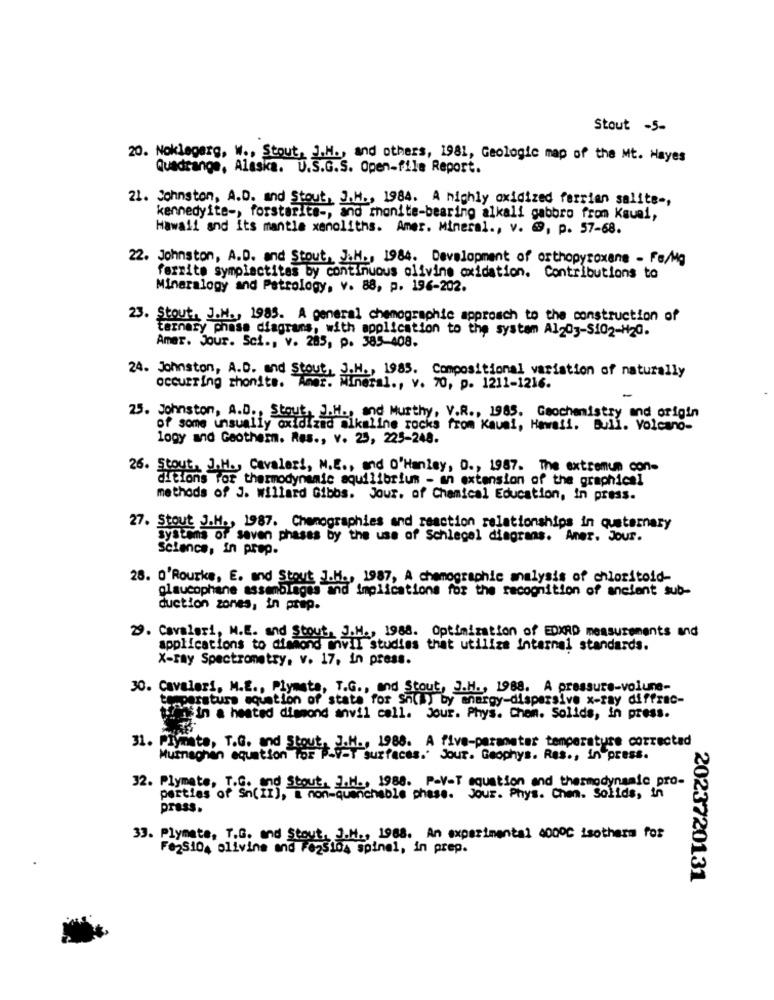
Stout -5-
20. Noklegerg, W ., Stout, J.H ., and others, 1981, Geologic map of the Mt. Hayes
Quadrange, Alaska. U.S.G.S. Open-file Report.
21. Johnston, A.D. and Stout, J.H ., 1984. A highly oxidized ferrian salite -,
kennedyite -, forstarite -, and mhonite-bearing alkali gabbro from Kauai,
Hawaii and its mantle xenoliths. Amer. Mineral ., v. @9, p. 57-68.
22. Johnston, A.D. and Stout, J.H ., 1984. Development of orthopyroxane - Fe/Mg
ferrite symplactitas by continuous olivine oxidation. Contributions to
Mineralogy and Petrology, v. 88, p. 196-202.
23. Stout, J.M ., 1985. A general chemographic approach to the construction of
ternary phase diagrams, with application to the system A1203-S102-H20.
Amar. Jour. Sci ., v. 285, p. 385-408.
24. Johnston, A.D. and Stout, J.H ., 1985. Compositional variation of naturally
occurring thonits.
Amor. Mineral ., v. 70, p. 1211-1216.
25. Johnston, A.D ., Stout, J.H ., and Murthy, V.R ., 1985. Geochemistry and origin
of some unsually oxidized alkaline rocks from Kauai, Hawaii. Bull. Volcano-
logy and Geother. Res ., v. 25, 225-248.
26. Stout, J.H ., Cavaleri, M.E ., and O'Hanley, D ., 1987. The extremum con-
ditions for thermodynamic equilibrium - an extension of the graphical
methods of J. willard Gibbs. Jour. of Chemical Education, in press.
27. Stout J.H ., 1987. Chemographies and reaction relationships in quaternary
Systems of saven phases by the use of Schlegel diagrams. Aner. Jour.
Science, in prep.
28. O'Rourke, E. and Stout J.M ., 1987, A chemographic analysis of chloritoid-
glaucophane assemblages and Implications for the recognition of ancient sub-
duction zones, in prep.
29. Cavalari, M.E. and Stout, J.M ., 1988. Optimization of EDXRD measurements and
applications to dimond myll studies that utiliza Internal standards.
X-ray Spectrometry. v. 17, in press.
30. Cavaleri, M.E ., Plymata, T.G ., and Stout, J.H ., 1988. A pressure-volume-
temperatura aquation of state for Sn(l) by energy-dispersive x-ray diffrac-
thingin a heated diamond anvil call. Jour. Phys. Chem. Solids, in press.
Hurnaghan equation ss has 1989. A five-parameter temperature corrected
31. Plynato, T.G. and Stout, J.H.
surfaces. Jour. Geophys. Res ., in press.
32. Plymate, T.G. and Stout, J.H ., 1988. P.V-T equation and thermodynamic pro-
perties of Sn(II), a non-quenchable phase. Jour. Phys. Chen. Solids, in
press.
33. Plymate, T.G. and Stout, J.M ., 1988. An experimental 4000℃ isotherm for
FezS104 olivine and 1025104 spinal, in prep.
2023720131